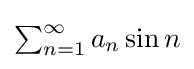
{\textstyle \sum _{n=1}^{\infty }a_{n}\sin n}